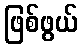
ဖြစ်ဖွယ်